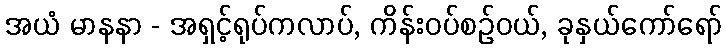
အယံ မာနနာ - အရှင့်ရုပ်ကလာပ်, ကိန်းဝပ်စဉ်ဝယ်, ခုနှယ်ကော်ရော်